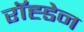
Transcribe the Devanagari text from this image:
रॉह्डेन